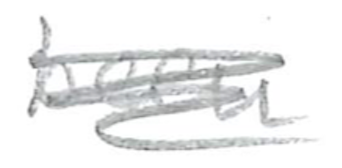
Text: been
Cross-out: mix
Writing tool: pencil